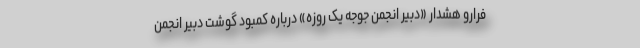
فرارو هشدار «دبیر انجمن جوجه یک روزه» درباره کمبود گوشت دبیر انجمن